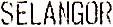
SELANGOR